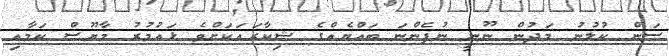
ސަން ކުލުނު މަދުން ނޫނީ ނުފެންނަ ބައްޔެއްގެ ޝިކާރައަކަށްވެ ޅައުމުރު މާޔޫސް ކަމާއި